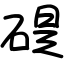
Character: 碮